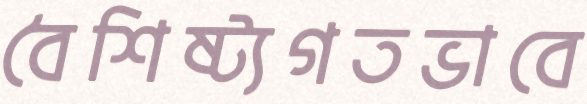
বৈশিষ্ট্যগতভাবে